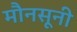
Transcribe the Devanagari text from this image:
मौनसूनी